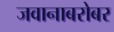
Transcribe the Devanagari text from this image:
जवानाबरोबर